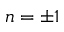
n = \pm 1